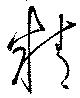
精